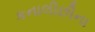
કનાલીછીના